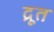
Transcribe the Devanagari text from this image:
द्रूत